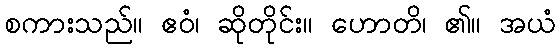
စကားသည်။ ဧဝံ၊ ဆိုတိုင်း။ ဟောတိ၊ ၏။ အယံ